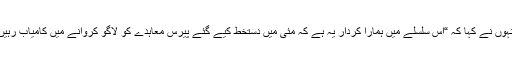
انہوں نے کہا کہ “اس سلسلے میں ہمارا کردار یہ ہے کہ مئی میں دستخط کیے گئے پیرس معاہدے کو لاگو کروانے میں کامیاب رہیں۔